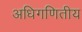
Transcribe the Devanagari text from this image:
अधिगणितीय